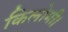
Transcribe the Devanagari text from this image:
किलोमी।